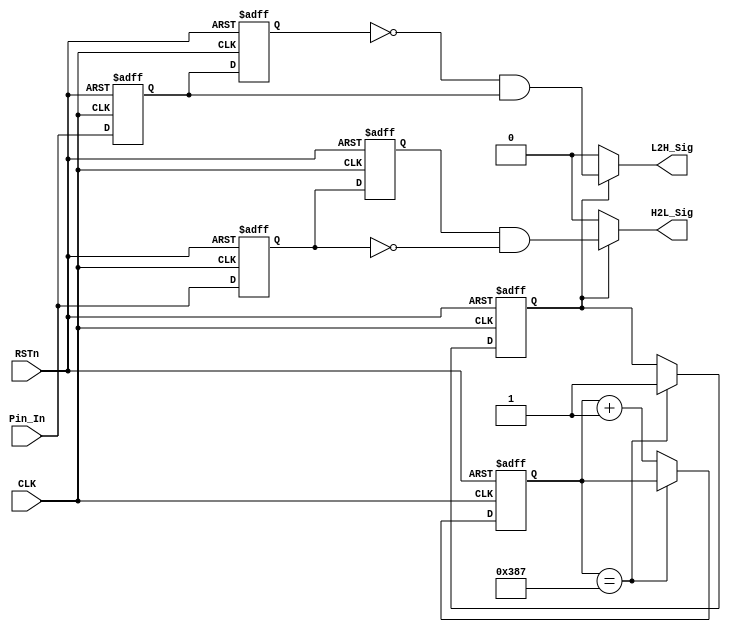
module detect_module 
(
    CLK, RSTn, Pin_In, H2L_Sig, L2H_Sig
);

    input CLK;
	input RSTn;
	input Pin_In;
	output H2L_Sig;
	output L2H_Sig;
	 
	 /**********************************/
	 
	 parameter T100US = 11'd4_999;//DB4CE15ʹõľΪ50MHz50M*0.0001-1=4_999
	 
	 /*****************ʱ100us*****************/
	 //ڸλһ˲䣬ƽ״ڲȶ״̬Ҫӳ100us
	 reg [10:0]Count1;
	 reg isEn;				//жʱǷ

	 always @ ( posedge CLK or negedge RSTn )
	     if( !RSTn )
		      begin
		          Count1 <= 11'd0;
		          isEn <= 1'b0;
				end
	     else if( Count1 == T100US )
				isEn <= 1'b1;
		  else
		      Count1 <= Count1 + 1'b1;
				
    /************************************/
	 
	 reg H2L_F1;
	 reg H2L_F2;		//ƽɸ߱
	 reg L2H_F1;
	 reg L2H_F2;		//ƽɵͱ
	 
	 always @ ( posedge CLK or negedge RSTn )
	     if( !RSTn )
		      begin
				    H2L_F1 <= 1'b1;
					H2L_F2 <= 1'b1;
					L2H_F1 <= 1'b0;
					L2H_F2 <= 1'b0;
			   end
		  else
		      begin
					 H2L_F1 <= Pin_In; 
					 H2L_F2 <= H2L_F1;
					 L2H_F1 <= Pin_In;
					 L2H_F2 <= L2H_F1;
				end
				
    /***********************************/
	 
	//ƽģЧǷ100usӳ֮
	 assign H2L_Sig = isEn ? ( H2L_F2 & !H2L_F1 ) : 1'b0;
	 assign L2H_Sig = isEn ? ( !L2H_F2 & L2H_F1 ) : 1'b0;

	 
	 /***********************************/
	 
endmodule